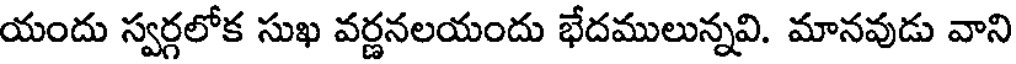
యందు స్వర్గలోక సుఖ వర్ణనలయందు భేదములున్నవి. మానవుడు వాని